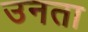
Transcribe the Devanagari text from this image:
उनता